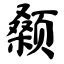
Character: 颡